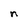
Character: n